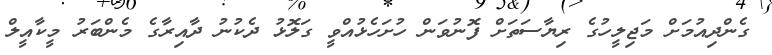
ގެންދިއުމަށް މަޖިލީހުގެ ރިޔާސަތަށް ފޮނުވަން ހުށަހެޅުއްވީ ގަލޮޅު ދެކުނު ދާއިރާގެ މެންބަރު މީކާއީލް